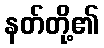
နတ်တို့၏